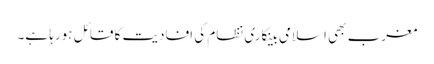
مغرب بھی اسلامی بینکاری نظام کی افادیت کا قائل ہورہا ہے۔